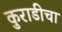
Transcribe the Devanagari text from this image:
कुराडीचा